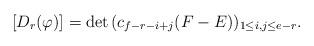
LaTeX: \begin{align*} [D_{r}(\varphi)] = \det \, (c_{f - r - i + j} (F - E))_{1 \leq i, j \leq e-r}. \end{align*}